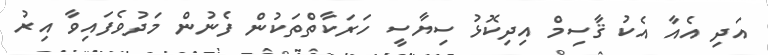
އަދި އެއާ އެކު ޤާސިމް އިދިކޮޅު ސިޔާސީ ހަރަކާތްތަކުން ފެނުން މަދުވެފައިވާ އިރު